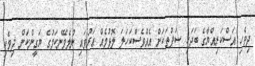
ދިވެހި އަސްކަރިއްޔާގެ ބަދަހި ސަފުތަކަށް އެއްވެސްކަހަލަ ލޮޅުމެއް އަރުވައި ނުލެވޭނެކަމުގެ ޔަގީންކަން ދިވެހި